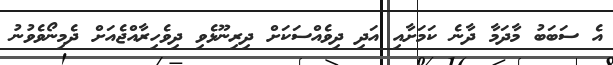
އެ ސަބަބު މާދަމާ ދާނެ ކަމަށާއި އަދި ދިވެއްސަކަށް ދިރިނޫޅެވި ދިވެހިރާއްޖެއަށް ދެމިނޯވެވުނު